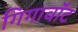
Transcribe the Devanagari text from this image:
गिगावॉट